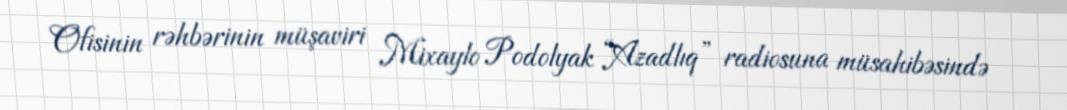
Ofisinin rəhbərinin müşaviri Mixaylo Podolyak “Azadlıq” radiosuna müsahibəsində